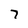
Character: 7